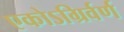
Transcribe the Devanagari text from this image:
एकोऽग्रिर्वर्ण